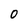
Character: O